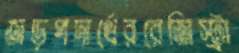
জড়পদার্থেররেজিস্ট্রা